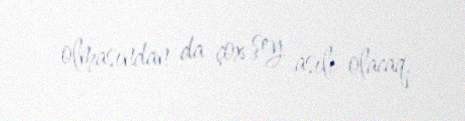
olmasından da çox şey asılı olacaq.